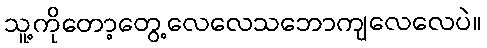
သူ့ကိုတော့တွေ့လေလေသဘောကျလေလေပဲ။